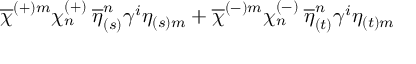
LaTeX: \overline { { { \chi } } } ^ { ( + ) m } \chi _ { n } ^ { ( + ) } \: \overline { { { \eta } } } _ { ( s ) } ^ { n } \gamma ^ { i } \eta _ { ( s ) m } + \overline { { { \chi } } } ^ { ( - ) m } \chi _ { n } ^ { ( - ) } \: \overline { { { \eta } } } _ { ( t ) } ^ { n } \gamma ^ { i } \eta _ { ( t ) m }